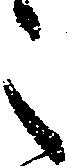
之